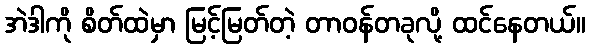
အဲဒါကို စိတ်ထဲမှာ မြင့်မြတ်တဲ့ တာဝန်တခုလို့ ထင်နေတယ်။